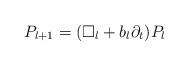
LaTeX: \begin{align*} P_{l+1} = (\square_l + b_l \partial_t) P_l \end{align*}